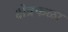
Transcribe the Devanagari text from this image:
क्षेत्रफळा